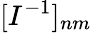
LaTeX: [I^{-1}]_{nm}